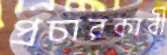
প্রচারকারী